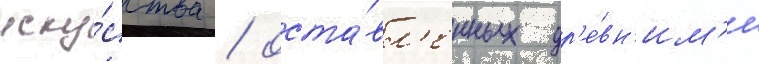
иску́сства / оста́вл'енных др'е́вн'им'и